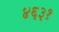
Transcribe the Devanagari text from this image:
४६३१